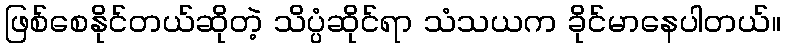
ဖြစ်စေနိုင်တယ်ဆိုတဲ့ သိပ္ပံဆိုင်ရာ သံသယက ခိုင်မာနေပါတယ်။